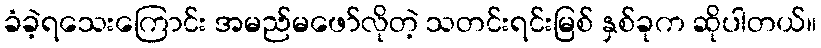
ခံခဲ့ရသေးကြောင်း အမည်မဖော်လိုတဲ့ သတင်းရင်းမြစ် နှစ်ခုက ဆိုပါတယ်။